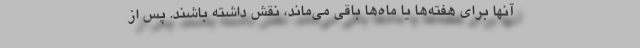
آنها برای هفته‌ها یا ماه‌ها باقی می‌ماند، نقش داشته باشند. پس از